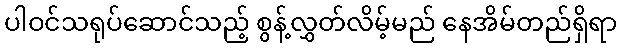
ပါဝင်သရုပ်ဆောင်သည့် စွန့်လွှတ်လိမ့်မည် နေအိမ်တည်ရှိရာ